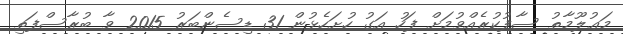
މަޢުލޫމާތު ސާފުކުރެއްވުމަށް ފަހު އަގު ހުށަހެޅުން 31 ޑިސެންބަރު 2015 ވާ ބުރާސްފަތި